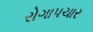
રોગાપચાર